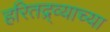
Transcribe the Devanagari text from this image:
हरितद्र्व्याच्या